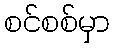
စင်စစ်မှာ